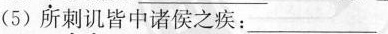
(5)所刺讥皆中诸侯之疾：___